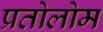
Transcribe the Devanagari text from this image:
प्रतोलोम